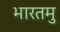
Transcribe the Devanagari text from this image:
भारतमु